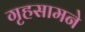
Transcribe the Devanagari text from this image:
गृहसामने